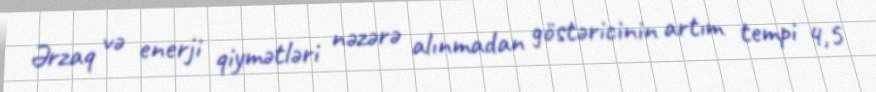
Ərzaq və enerji qiymətləri nəzərə alınmadan göstəricinin artım tempi 4,5